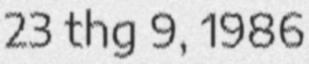
23 thg 9, 1986